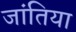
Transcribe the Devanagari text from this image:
जांतिया